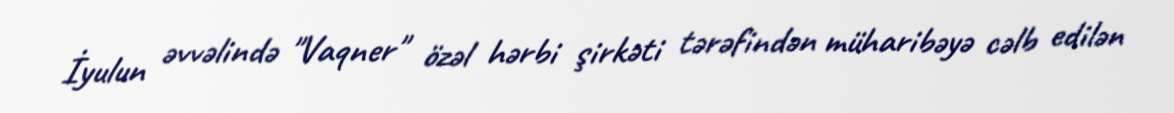
İyulun əvvəlində "Vaqner" özəl hərbi şirkəti tərəfindən müharibəyə cəlb edilən